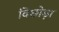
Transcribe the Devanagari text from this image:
विछोड़ा